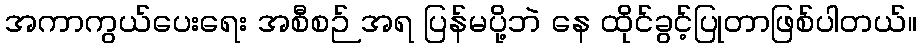
အကာကွယ်ပေးရေး အစီစဉ် အရ ပြန်မပို့ဘဲ နေ ထိုင်ခွင့်ပြုတာဖြစ်ပါတယ်။